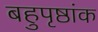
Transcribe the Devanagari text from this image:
बहुपृष्ठांक